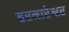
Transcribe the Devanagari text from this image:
हरनारेश्वर